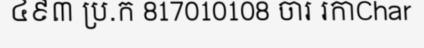
៤៩៣ ប្រ.ក 817010108 ចារ រកាChar